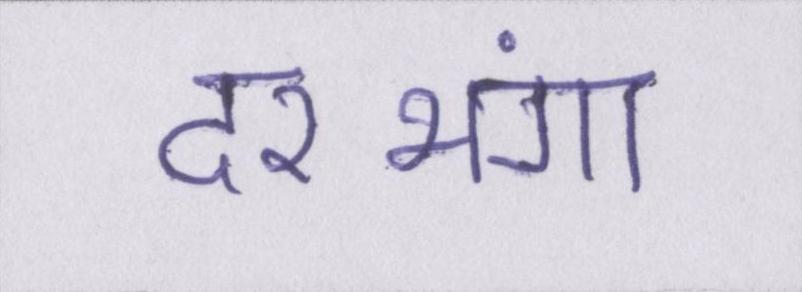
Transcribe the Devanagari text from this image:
दरभंगा